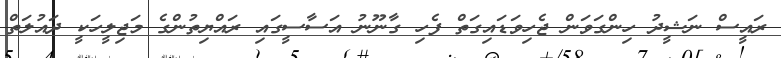
ރައީސް ނަޝީދު ހިންގަވަން ޖެހިވަޑައިގަތް ފެހި ގާނޫނު އަސާސީގައި ރައްޔިތުންގެ މަޖިލީހަކީ ދައުލަތް